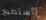
أأستطيع